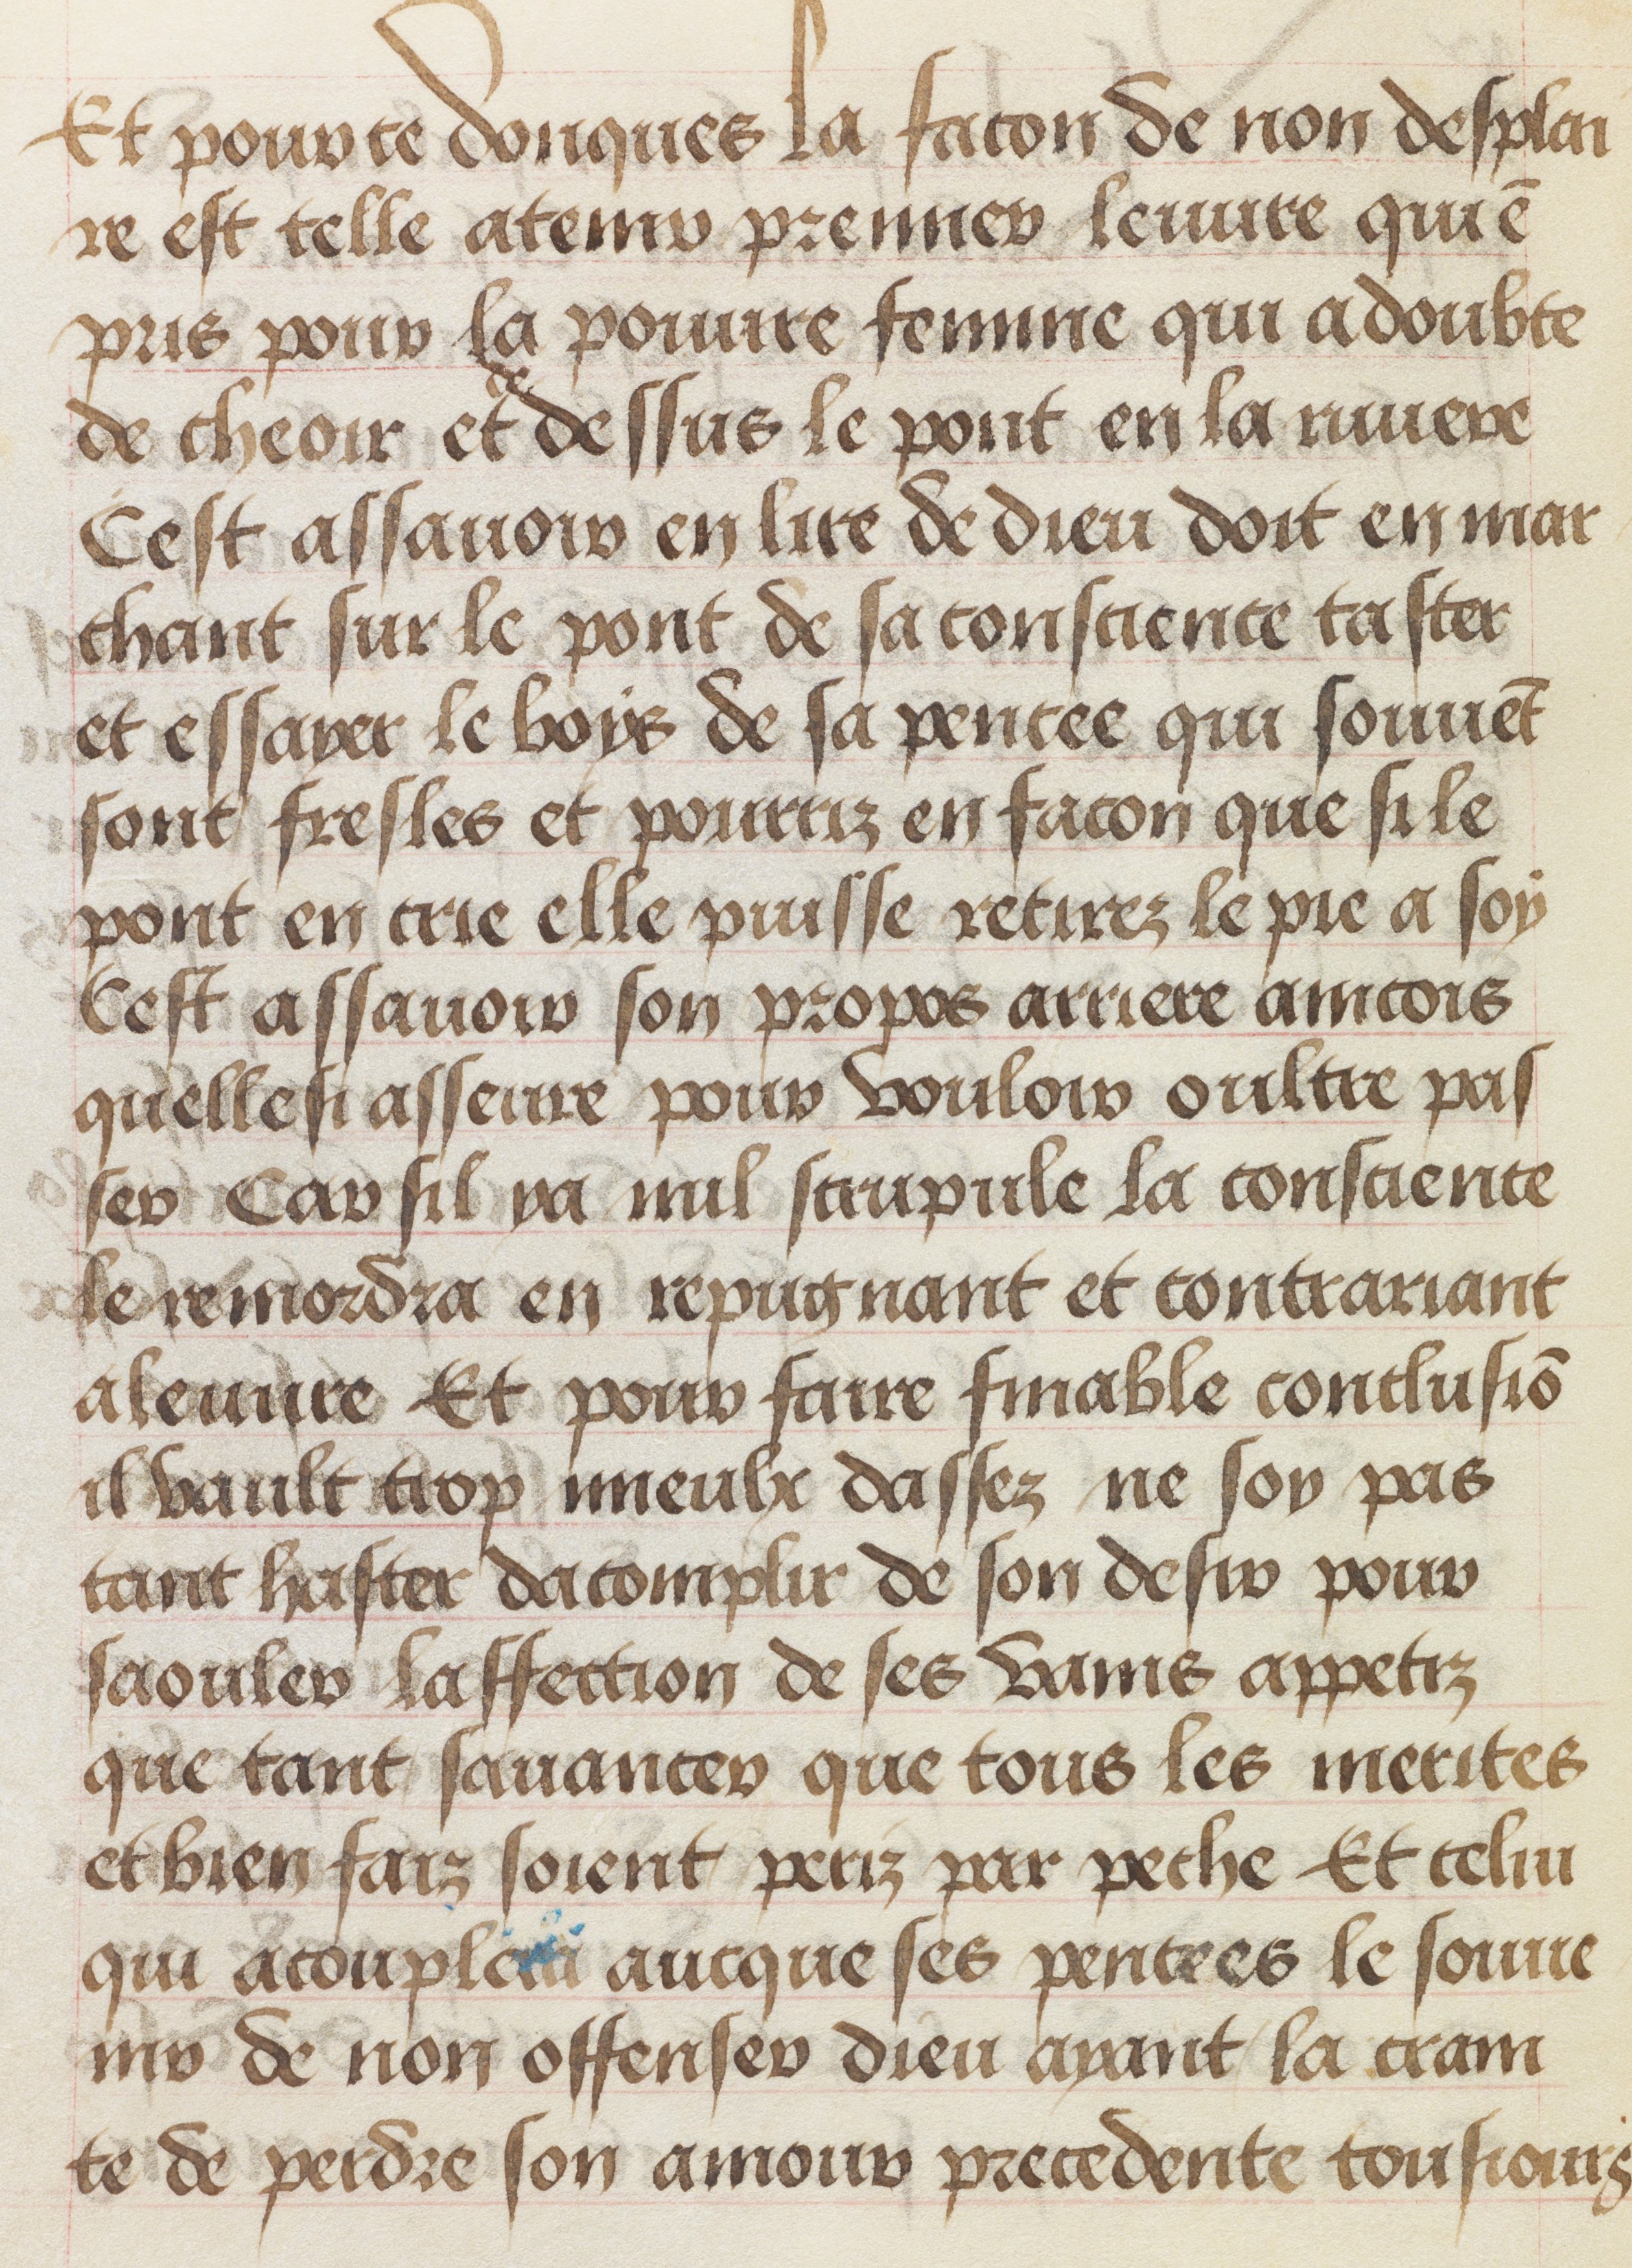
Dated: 1455–1485